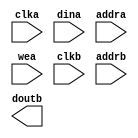
module action_lookup(
	clka,
	dina,
	addra,
	wea,
	clkb,
	addrb,
	doutb);


input clka;
input [7 : 0] dina;
input [3 : 0] addra;
input [0 : 0] wea;
input clkb;
input [3 : 0] addrb;
output [7 : 0] doutb;

// synthesis translate_off

      BLK_MEM_GEN_V2_8 #(
		.C_ADDRA_WIDTH(4),
		.C_ADDRB_WIDTH(4),
		.C_ALGORITHM(1),
		.C_BYTE_SIZE(9),
		.C_COMMON_CLK(0),
		.C_DEFAULT_DATA("0"),
		.C_DISABLE_WARN_BHV_COLL(0),
		.C_DISABLE_WARN_BHV_RANGE(0),
		.C_FAMILY("virtex2p"),
		.C_HAS_ENA(0),
		.C_HAS_ENB(0),
		.C_HAS_MEM_OUTPUT_REGS_A(0),
		.C_HAS_MEM_OUTPUT_REGS_B(0),
		.C_HAS_MUX_OUTPUT_REGS_A(0),
		.C_HAS_MUX_OUTPUT_REGS_B(0),
		.C_HAS_REGCEA(0),
		.C_HAS_REGCEB(0),
		.C_HAS_SSRA(0),
		.C_HAS_SSRB(0),
		.C_INIT_FILE_NAME("no_coe_file_loaded"),
		.C_LOAD_INIT_FILE(0),
		.C_MEM_TYPE(1),
		.C_MUX_PIPELINE_STAGES(0),
		.C_PRIM_TYPE(1),
		.C_READ_DEPTH_A(16),
		.C_READ_DEPTH_B(16),
		.C_READ_WIDTH_A(8),
		.C_READ_WIDTH_B(8),
		.C_SIM_COLLISION_CHECK("ALL"),
		.C_SINITA_VAL("0"),
		.C_SINITB_VAL("0"),
		.C_USE_BYTE_WEA(0),
		.C_USE_BYTE_WEB(0),
		.C_USE_DEFAULT_DATA(0),
		.C_USE_ECC(0),
		.C_USE_RAMB16BWER_RST_BHV(0),
		.C_WEA_WIDTH(1),
		.C_WEB_WIDTH(1),
		.C_WRITE_DEPTH_A(16),
		.C_WRITE_DEPTH_B(16),
		.C_WRITE_MODE_A("READ_FIRST"),
		.C_WRITE_MODE_B("READ_FIRST"),
		.C_WRITE_WIDTH_A(8),
		.C_WRITE_WIDTH_B(8),
		.C_XDEVICEFAMILY("virtex2p"))
	inst (
		.CLKA(clka),
		.DINA(dina),
		.ADDRA(addra),
		.WEA(wea),
		.CLKB(clkb),
		.ADDRB(addrb),
		.DOUTB(doutb),
		.ENA(),
		.REGCEA(),
		.SSRA(),
		.DOUTA(),
		.DINB(),
		.ENB(),
		.REGCEB(),
		.WEB(),
		.SSRB(),
		.DBITERR(),
		.SBITERR());


// synthesis translate_on

// XST black box declaration
// box_type "black_box"
// synthesis attribute box_type of action_lookup is "black_box"

endmodule